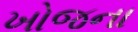
ખોજના